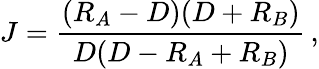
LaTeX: J={\frac{(R_{A}-D)(D+R_{B})}{D(D-R_{A}+R_{B})}}\, ,